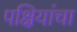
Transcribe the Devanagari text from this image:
पक्षियांचा